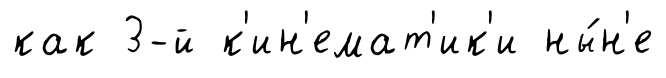
как 3-й к'ин'емат'ик'и ны́н'е